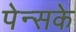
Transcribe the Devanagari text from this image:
पेन्सके